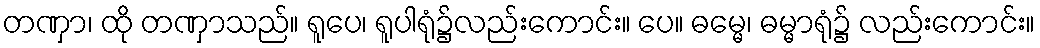
တဏှာ၊ ထို တဏှာသည်။ ရူပေ၊ ရူပါရုံ၌လည်းကောင်း။ ပေ။ ဓမ္မေ၊ ဓမ္မာရုံ၌ လည်းကောင်း။